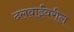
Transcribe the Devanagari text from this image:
दलवाईंवरील